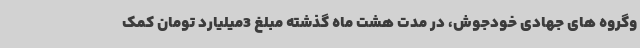
وگروه های جهادی خودجوش، در مدت هشت ماه گذشته مبلغ 3میلیارد تومان کمک